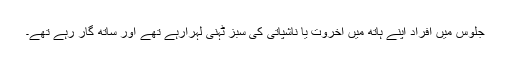
جلوس میں افراد اپنے ہاتھ میں اخروت یا ناشپاتی کی سبز ٹہنی لہرارہے تھے اور ساتھ گار رہے تھے۔